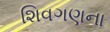
શિવગણના